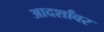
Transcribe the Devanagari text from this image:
आदर्शांवर